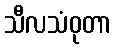
သီလသံဝုတာ